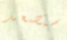
ستصعد